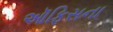
ઑફિસના